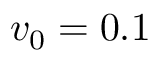
v _ { 0 } = 0 . 1